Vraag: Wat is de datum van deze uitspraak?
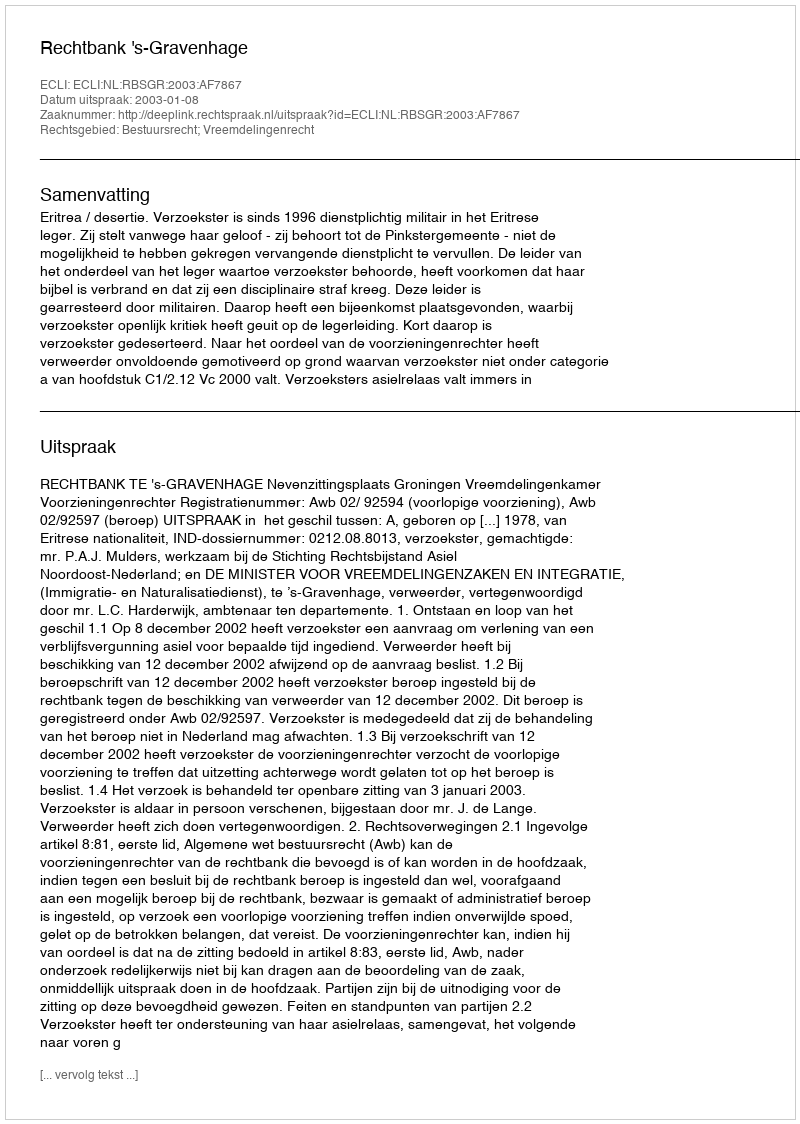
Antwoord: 2003-01-08